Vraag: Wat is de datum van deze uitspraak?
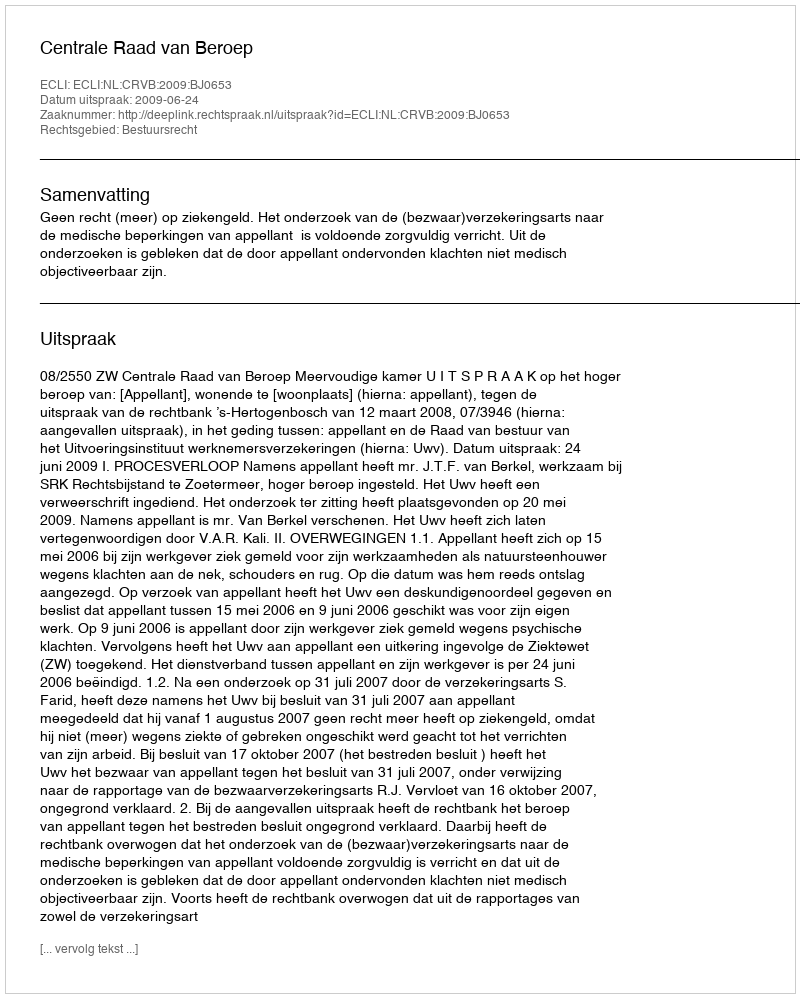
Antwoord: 2009-06-24